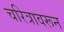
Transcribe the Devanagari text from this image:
चरित्रावरून